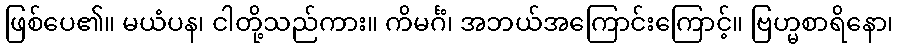
ဖြစ်ပေ၏။ မယံပန၊ ငါတို့သည်ကား။ ကိမင်္ဂံ၊ အဘယ်အကြောင်းကြောင့်။ ဗြဟ္မစာရိနော၊